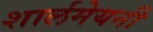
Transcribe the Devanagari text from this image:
शार्लमेयनी